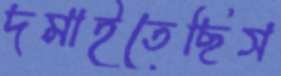
দমাইতেছিস